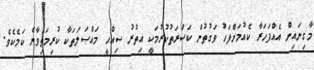
މާގިނައިން އެއްފަހަރާ ކެއުމަށްފަހު ވަގުތުުން ކަސްރަތުކުރުމަކީ އިތުރު ސިއްހީ މައްސަލަތަކާ ކުރިމަތިވާނެ ކަމެކެވެ.